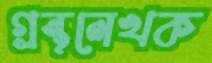
গ্রন্থলেখক